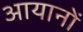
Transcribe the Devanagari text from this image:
आयानों